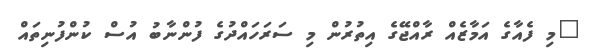
"މި ފެއާގެ އަމާޒެއް ރާއްޖޭގެ އިތުރުން މި ސަރަހައްދުގެ ފުންނާބު އުސް ކުންފުނިތައް